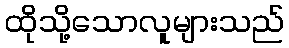
ထိုသို့သောလူများသည်